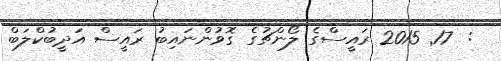
:  17